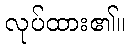
လုပ်ထား၏။